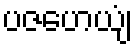
ပဇဟေယျံ